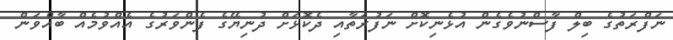
ނަފްރަތުގެ ބިލް ފާސްނުވެގެން އުޅެނިކޮށް ނަފުރަތާއި ދެކޮޅަށް ދުނިޔޭގެ ފެންވަރުގެ އެއްވުމެއް ބާއްވަން